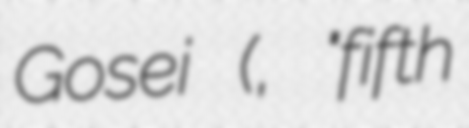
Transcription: Gosei (五世, "fifth